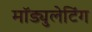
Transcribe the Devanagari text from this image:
मॉड्युलेटिंग